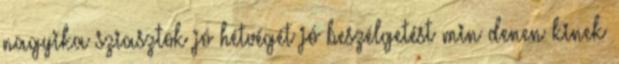
nagyika sziasztok jó hétvégét jó beszélgetést min denen kinek